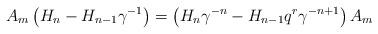
LaTeX: \begin{align*}A_m \left(H_n - H_{n-1} \gamma^{-1} \right) = \left( H_n \gamma^{-n} - H_{n-1} q^r \gamma^{-n+1} \right) A_m\end{align*}